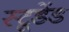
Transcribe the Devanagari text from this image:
स्टूडेंड